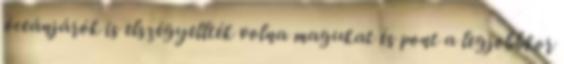
óceánjárók is elszégyellték volna magukat és pont a legjobbkor